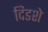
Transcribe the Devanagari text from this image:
दिडशे